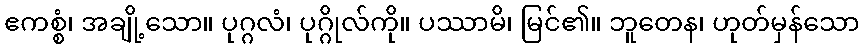
ဧကစ္စံ၊ အချို့သော။ ပုဂ္ဂလံ၊ ပုဂ္ဂိုလ်ကို။ ပဿာမိ၊ မြင်၏။ ဘူတေန၊ ဟုတ်မှန်သော